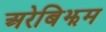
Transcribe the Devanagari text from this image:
अरेबिझम